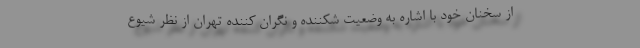
از سخنان خود با اشاره به وضعیت شکننده و نگران کننده تهران از نظر شیوع